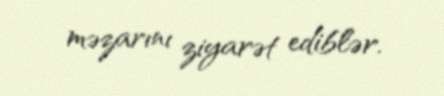
məzarını ziyarət ediblər.